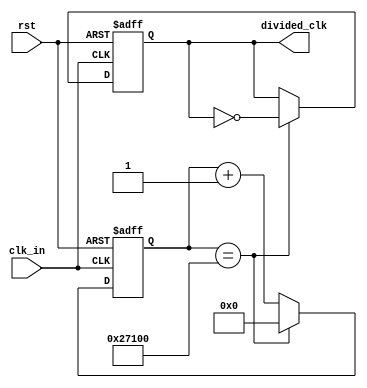
`timescale 1ns / 1ps
//////////////////////////////////////////////////////////////////////////////////
// Company: 
// Engineer: 
// 
// Design Name: 
// Module Name: clk_divider_faster
// Project Name: 
// Target Devices: 
// Tool Versions: 
// Description: 
// 
// Dependencies: 
// 
// Revision:
// Revision 0.01 - File Created
// Additional Comments:
// 
//////////////////////////////////////////////////////////////////////////////////


module clk_divider_faster(
input clk_in,
	input rst,
	output reg divided_clk
    );
	 
	 
parameter toggle_value = 26'd160000;

	 
reg[26:0] cnt;

always@(posedge clk_in or posedge rst)
begin
	if (rst==1) begin
		cnt <= 0;
		divided_clk <= 0;
	end
	else begin
		if (cnt==toggle_value) begin
			cnt <= 0;
			divided_clk <= ~divided_clk;
		end
		else begin
			cnt <= cnt +1;
			divided_clk <= divided_clk;		
		end
	end

end

endmodule